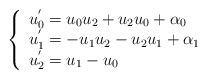
LaTeX: \begin{align*} \left\{\begin{array}{lr} u^{'}_{0}= u_{0}u_{2} + u_{2}u_{0} + \alpha_{0} \\ u^{'}_{1}= -u_{1}u_{2} - u_{2}u_{1} + \alpha_{1}\\u^{'}_{2}= u_{1} - u_{0}\end{array}\right. \end{align*}